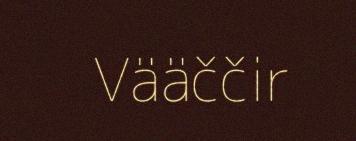
Vääččir